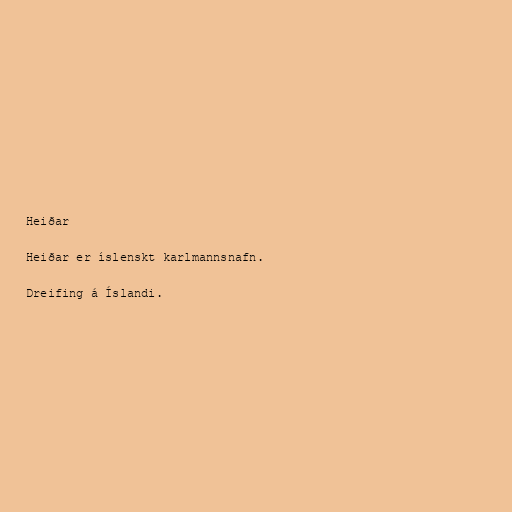
Heiðar

Heiðar er íslenskt karlmannsnafn.

Dreifing á Íslandi.